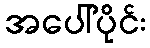
အပေါ်ပိုင်း